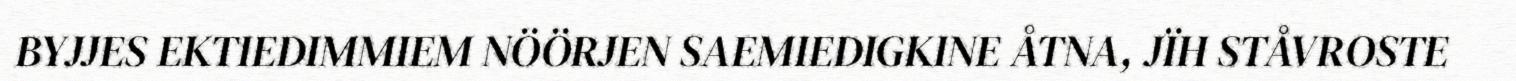
BYJJES EKTIEDIMMIEM NÖÖRJEN SAEMIEDIGKINE ÅTNA, JÏH STÅVROSTE